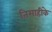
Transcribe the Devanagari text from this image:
तिमाहीके